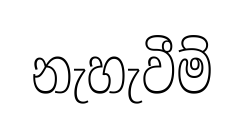
නැහැවීම්